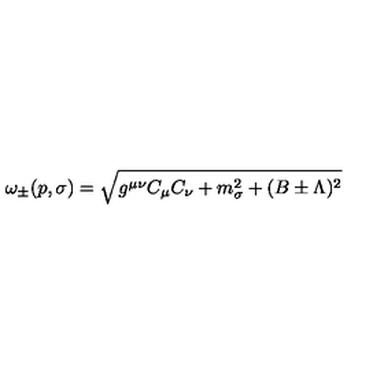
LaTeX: \omega _ { \pm } ( p , \sigma ) = \sqrt { g ^ { \mu \nu } C _ { \mu } C _ { \nu } + m _ { \sigma } ^ { 2 } + ( B \pm \Lambda ) ^ { 2 } }